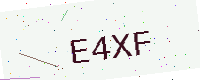
Text: E4XF